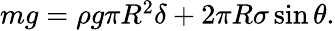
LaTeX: \begin{array}{r}{mg=\rho g\pi R^{2}\delta+2\pi R\sigma\sin\theta.}\end{array}